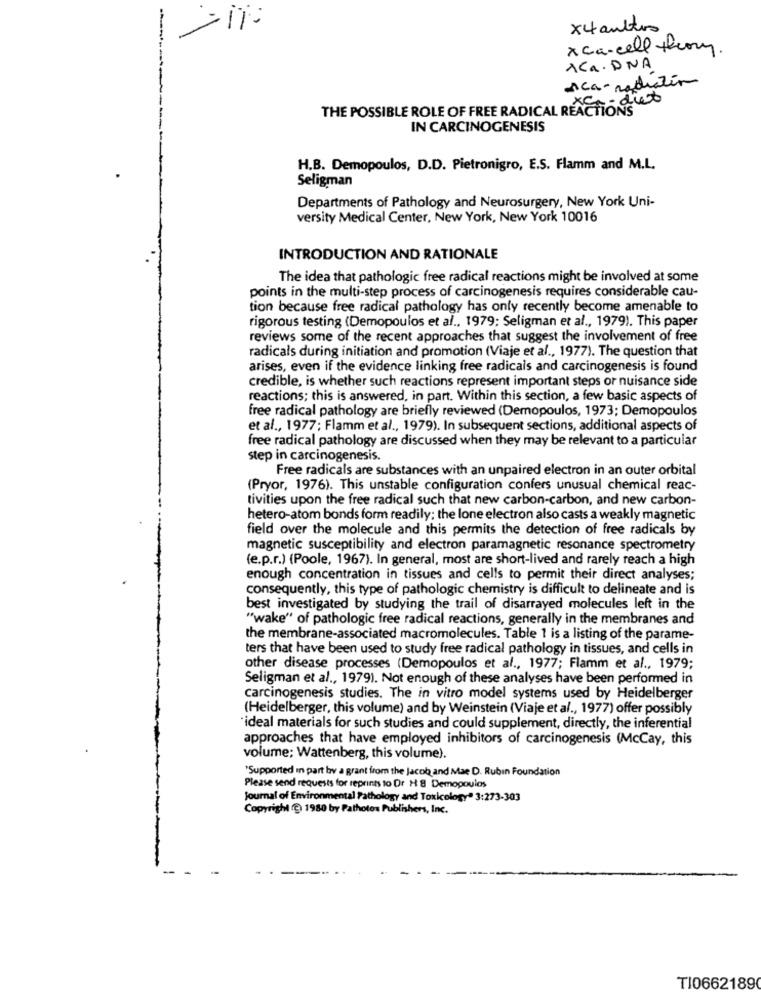
x4 autres
x ca-cell theom.
1CA.DNA
Aca-radiation
diet
THE POSSIBLE ROLE OF FREE RADICAL REACTIONS
IN CARCINOGENESIS
H.B. Demopoulos, D.D. Pietronigro, E.S. Flamm and M.L.
Seligman
Departments of Pathology and Neurosurgery, New York Uni-
versity Medical Center, New York, New York 10016
INTRODUCTION AND RATIONALE
The idea that pathologic free radical reactions might be involved at some
points in the multi-step process of carcinogenesis requires considerable cau-
tion because free radical pathology has only recently become amenable to
rigorous testing (Demopoulos et al ., 1979; Seligman et al ., 1979). This paper
reviews some of the recent approaches that suggest the involvement of free
radicals during initiation and promotion (Viaje et al ., 1977). The question that
arises, even if the evidence linking free radicals and carcinogenesis is found
credible, is whether such reactions represent important steps or nuisance side
reactions; this is answered, in part. Within this section, a few basic aspects of
free radical pathology are briefly reviewed (Demopoulos, 1973; Demopoulos
et al ., 1977; Flamm et al ., 1979). In subsequent sections, additional aspects of
free radical pathology are discussed when they may be relevant to a particular
step in carcinogenesis.
Free radicals are substances with an unpaired electron in an outer orbital
(Pryor, 1976). This unstable configuration confers unusual chemical reac-
tivities upon the free radical such that new carbon-carbon, and new carbon-
hetero-atom bonds form readily; the lone electron also casts a weakly magnetic
field over the molecule and this permits the detection of free radicals by
magnetic susceptibility and electron paramagnetic resonance spectrometry
(e.p.r.) (Poole, 1967). In general, most are short-lived and rarely reach a high
enough concentration in tissues and cells to permit their direct analyses;
consequently, this type of pathologic chemistry is difficult to delineate and is
best investigated by studying the trail of disarrayed molecules left in the
"wake" of pathologic free radical reactions, generally in the membranes and
the membrane-associated macromolecules. Table 1 is a listing of the parame-
ters that have been used to study free radical pathology in tissues, and cells in
other disease processes (Demopoulos et al ., 1977; Flamm et al ., 1979;
Seligman et al ., 1979). Not enough of these analyses have been performed in
carcinogenesis studies. The in vitro model systems used by Heidelberger
(Heidelberger, this volume) and by Weinstein (Viaje et al ., 1977) offer possibly
"ideal materials for such studies and could supplement, directly, the inferential
approaches that have employed inhibitors of carcinogenesis (McCay, this
volume; Wattenberg, this volume).
*Supported In part by a grant from the Jacob and Mae D. Rubin Foundation
Please send requests for reprints to Dr H 8 Demopoulos
Journal of Environmental Pathology and Toxicology" 3:273-303
Copyright (@ 1980 by Pathotos Publishers, Inc.
TI0662189